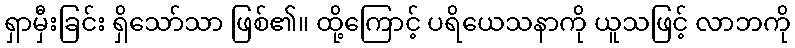
ရှာမှီးခြင်း ရှိသော်သာ ဖြစ်၏။ ထို့ကြောင့် ပရိယေသနာကို ယူသဖြင့် လာဘကို